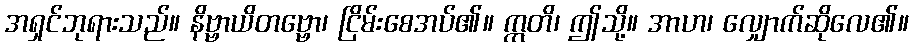
အရှင်ဘုရားသည်။ နိဗ္ဗာယိတဗ္ဗော၊ ငြိမ်းစေအပ်၏။ ဣတိ၊ ဤသို့။ အာဟ၊ လျှောက်ဆိုလေ၏။